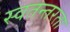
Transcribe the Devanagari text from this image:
स्वतन्तरता